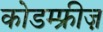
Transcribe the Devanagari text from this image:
कोडम्फ्रीज़